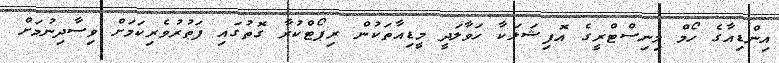
އިންޑިއާގެ ހޯމް މިނިސްޓްރީގެ އޮފިޝަލަކާ ހަވާލަދީ މީޑިއާތަކުން ރިޕޯޓްކުރާ ގޮތުގައި ފަތުރުވެރިކަމަށް ވިސާދިނުމަށް